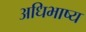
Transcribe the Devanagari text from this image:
अधिभाष्य